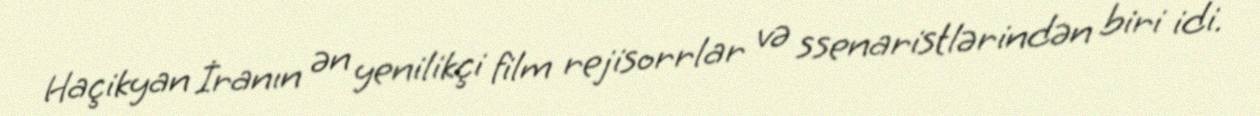
Haçikyan İranın ən yenilikçi film rejisorrlar və ssenaristlərindən biri idi.